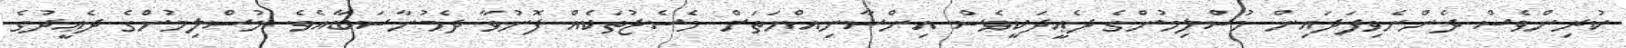
ކުރިންވެސް ދެންނެވިފަދައިން މުސްލިމުންގެ ދެޢީދަކީވެސް އިންސާނިއްޔަތަށް މެސެޖުތަކެއް ފޮނުވާ ދެމުނާސަބާއެވެ. މުސްލިމުންގެ ދެޢީދުގެ